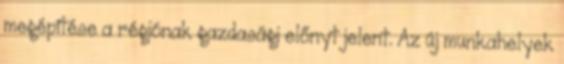
megépítése a régiónak gazdasági előnyt jelent. Az új munkahelyek